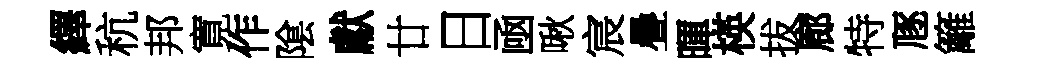
繹秔邦寛作隂獻廿日凾啾宸疊暉楧拔廊特豗籬